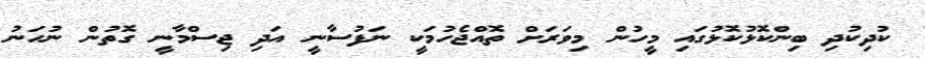
ކުދިކުދި ބިންކޮޅުކޮޅުގައި މީހުން މިވަރަށް ތޮއްޖެހުމަކީ ނަފުސާނީ އަދި ޖިސްމާނީ ގޮތުން ނުހަނު